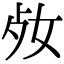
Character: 𡛝